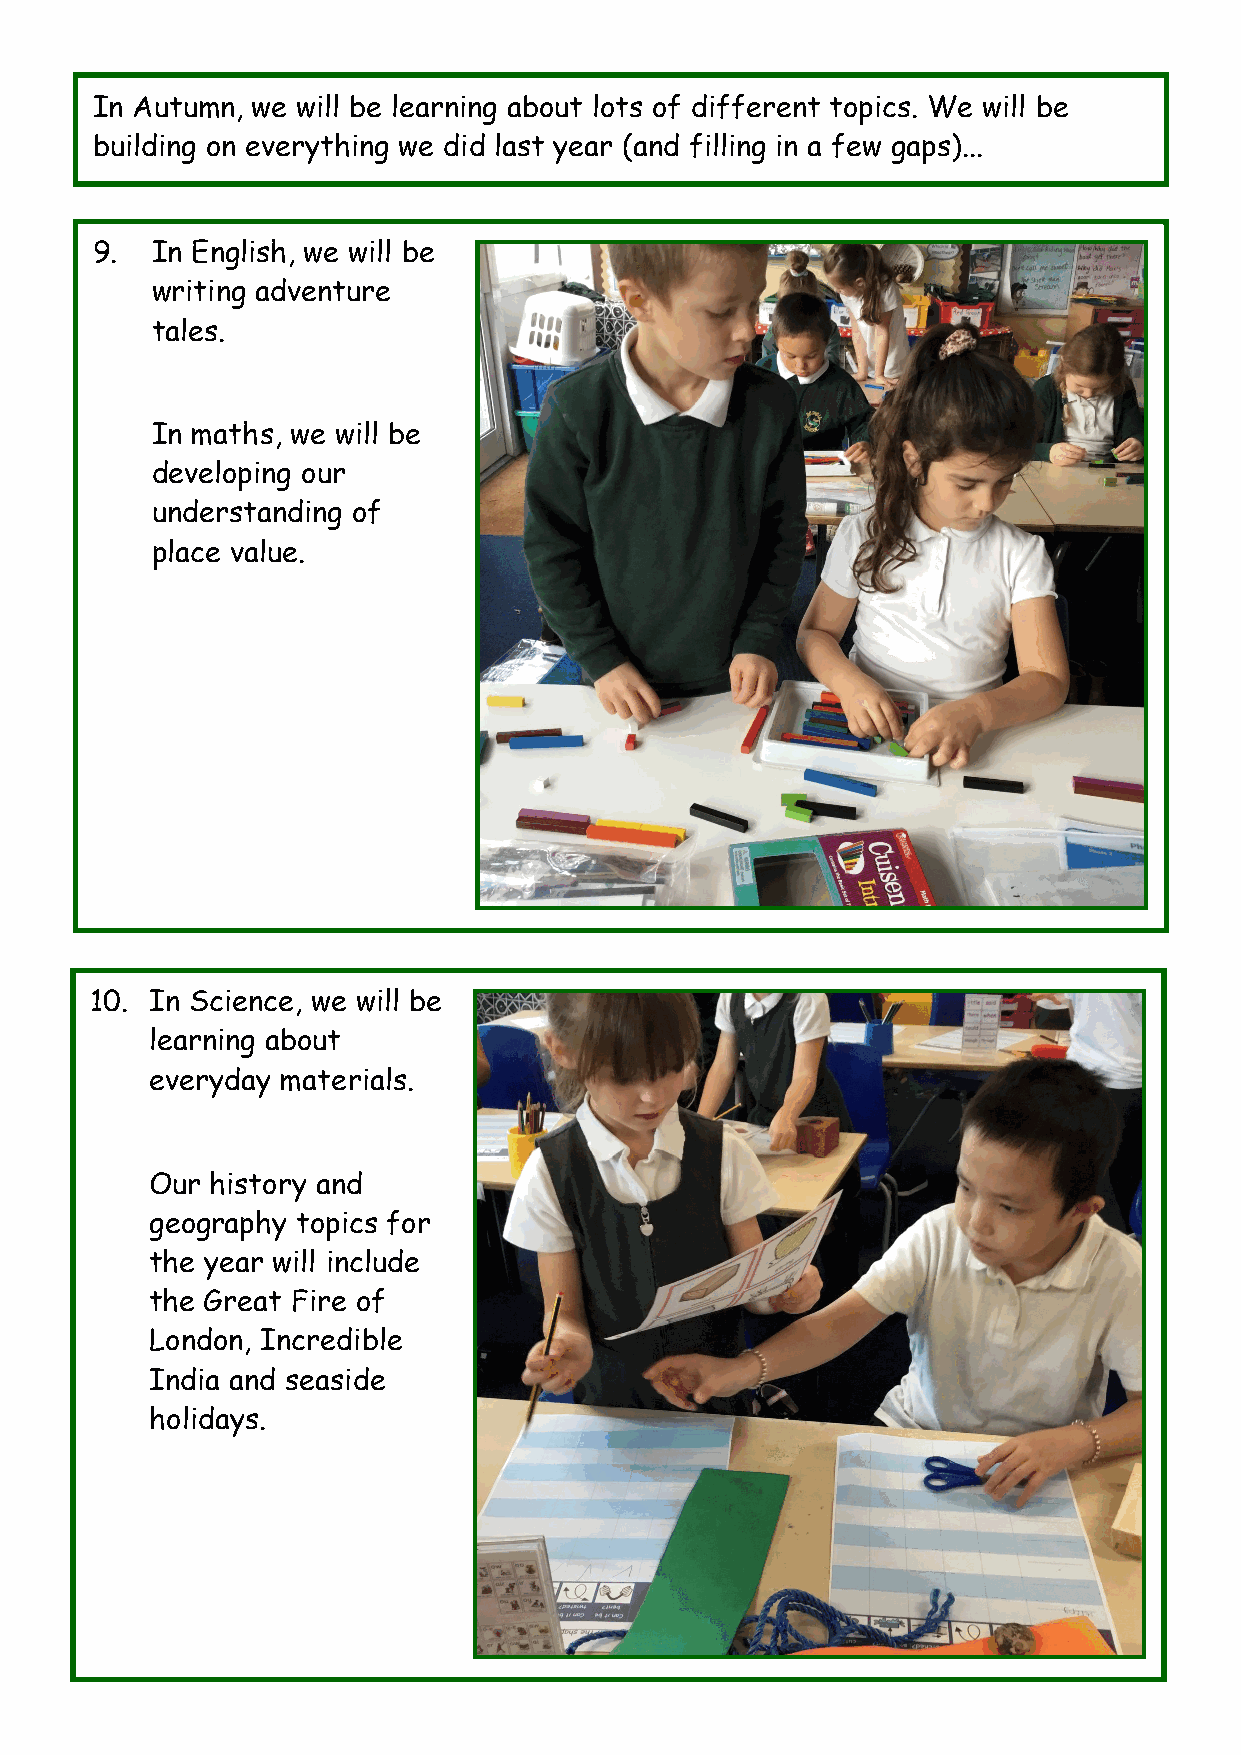
In Autumn, we will be learning about lots of different topics. We will be
 building on everything we did last year (and filling in a few gaps)...
 9.  In English, we will be
 writing adventure
 tales.
 In maths, we will be
 developing our
 understanding of
 place value.
 10. In Science, we will be
 learning about
 everyday materials.
 Our history and
 geography topics for
 the year will include
 the Great Fire of
 London, Incredible
 India and seaside
 holidays.